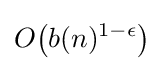
O{\bigl (}b(n)^{1-\epsilon }{\bigr )}